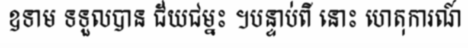
ឧទាម ទទួលបាន ជ័យជម្នះ ។បន្ទាប់ពី នោះ ហេតុការណ៍